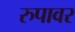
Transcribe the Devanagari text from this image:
रुपावर